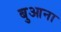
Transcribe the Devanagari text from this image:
बुआना